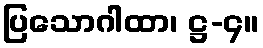
ပြသောဂါထာ၊ ဋ္ဌ-၄။